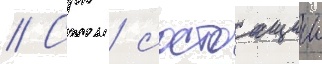
// Срк / состоащии